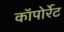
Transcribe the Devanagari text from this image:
कॉपोर्रेट